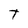
Character: T